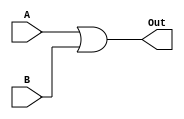
`timescale 1ns / 1ps
//////////////////////////////////////////////////////////////////////////////////
// Company: 
// Engineer: 
// 
// Design Name: 
// Module Name: OR1bit
// Project Name: 
// Target Devices: 
// Tool Versions: 
// Description: 
// 
// Dependencies: 
// 
// Revision:
// Revision 0.01 - File Created
// Additional Comments:
// 
//////////////////////////////////////////////////////////////////////////////////


module OR1bit(A,B,Out

    );
    input A,B;
    output reg Out;
    
    always @(*) Out <= A || B;
endmodule